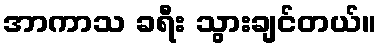
အာကာသ ခရီး သွားချင်တယ်။